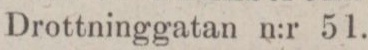
(134)    Drottninggatan n:r 51.